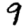
Digit: 9